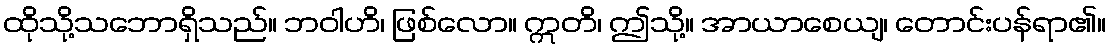
ထိုသို့သဘောရှိသည်။ ဘဝါဟိ၊ ဖြစ်လော။ ဣတိ၊ ဤသို့။ အာယာစေယျ၊ တောင်းပန်ရာ၏။